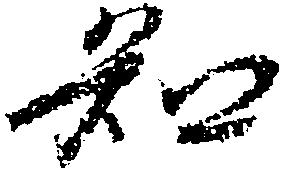
知